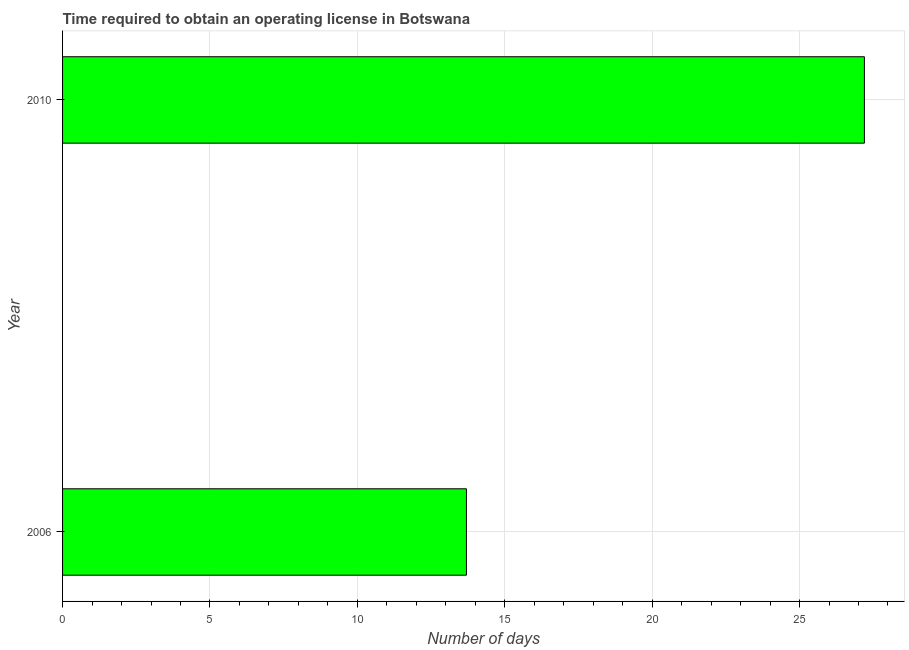
| Year | Obtain operating license |
 | --- | --- |
 | 2006 | 13.7 |
 | 2010 | 27.2 |